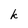
Character: k